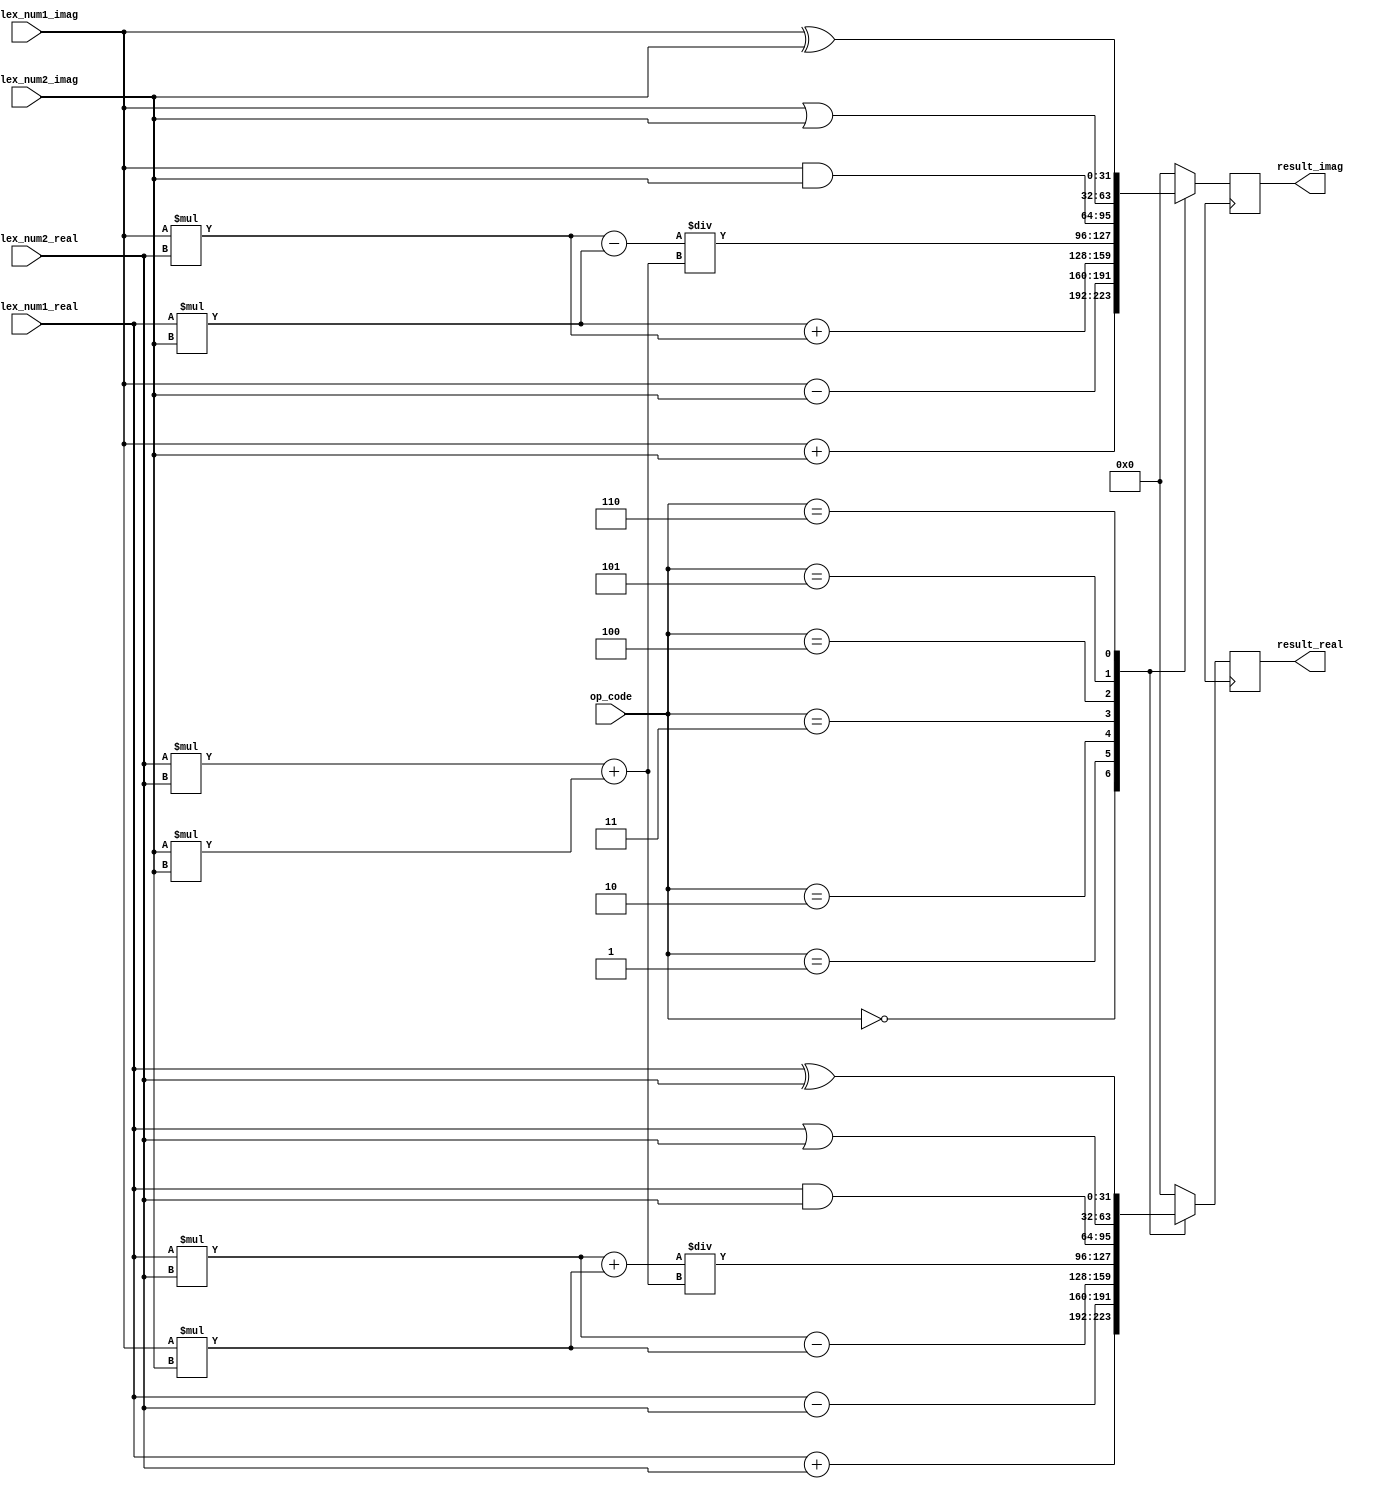
module Complex_ALU (
    input [31:0] complex_num1_real,
    input [31:0] complex_num1_imag,
    input [31:0] complex_num2_real,
    input [31:0] complex_num2_imag,
    input [2:0] op_code,
    output reg[31:0] result_real,
    output reg[31:0] result_imag
);

reg[31:0] temp_real;
reg[31:0] temp_imag;

always @(*) begin
    case(op_code)
        3'b000: // addition
            begin
                temp_real <= complex_num1_real + complex_num2_real;
                temp_imag <= complex_num1_imag + complex_num2_imag;
            end
        3'b001: // subtraction
            begin
                temp_real <= complex_num1_real - complex_num2_real;
                temp_imag <= complex_num1_imag - complex_num2_imag;
            end
        3'b010: // multiplication
            begin
                temp_real <= (complex_num1_real * complex_num2_real) - (complex_num1_imag * complex_num2_imag);
                temp_imag <= (complex_num1_real * complex_num2_imag) + (complex_num1_imag * complex_num2_real);
            end
        3'b011: // division
            begin
                temp_real <= ((complex_num1_real * complex_num2_real) + (complex_num1_imag * complex_num2_imag)) / ((complex_num2_real * complex_num2_real) + (complex_num2_imag * complex_num2_imag));
                temp_imag <= ((complex_num1_imag * complex_num2_real) - (complex_num1_real * complex_num2_imag)) / ((complex_num2_real * complex_num2_real) + (complex_num2_imag * complex_num2_imag));
            end
        3'b100: // AND operation
            begin
                temp_real <= complex_num1_real & complex_num2_real;
                temp_imag <= complex_num1_imag & complex_num2_imag;
            end
        3'b101: // OR operation
            begin
                temp_real <= complex_num1_real | complex_num2_real;
                temp_imag <= complex_num1_imag | complex_num2_imag;
            end
        3'b110: // XOR operation
            begin
                temp_real <= complex_num1_real ^ complex_num2_real;
                temp_imag <= complex_num1_imag ^ complex_num2_imag;
            end
        default:
            begin
                temp_real <= 0;
                temp_imag <= 0;
            end
    endcase
end

// Output registers
always @(posedge clk) begin
    result_real <= temp_real;
    result_imag <= temp_imag;
end

endmodule